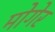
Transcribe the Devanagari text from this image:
मोगेर